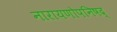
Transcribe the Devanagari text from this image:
नारायणोपनिषद्